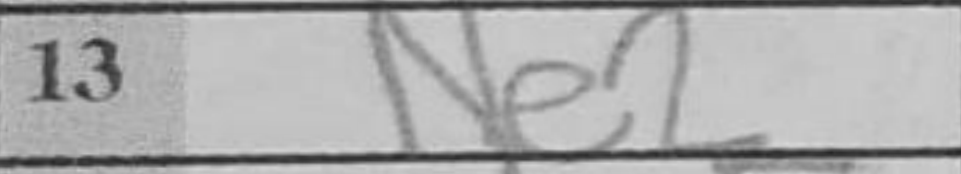
Transcription: Ne2